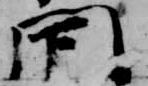
閇